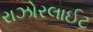
રાઝોરલાઈટ